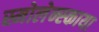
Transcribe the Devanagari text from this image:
स्मोलेन्स्काया